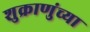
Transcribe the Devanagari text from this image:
शुक्राणुंच्या